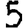
Digit: 5